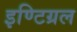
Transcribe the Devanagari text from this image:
इण्टिग्रल